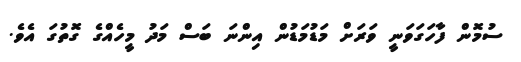
ސުމޮން ފާހަގަވަނީ ވަރަށް މަޑުމަޑުން އިންނަ ބަސް މަދު މީހެއްގެ ގޮތުގަ އެވެ.